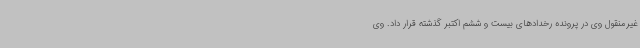
غیرمنقول وی در پرونده رخدادهای بیست و ششم اکتبر گذشته قرار داد. وی